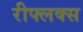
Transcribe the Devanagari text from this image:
रीफ्लक्स